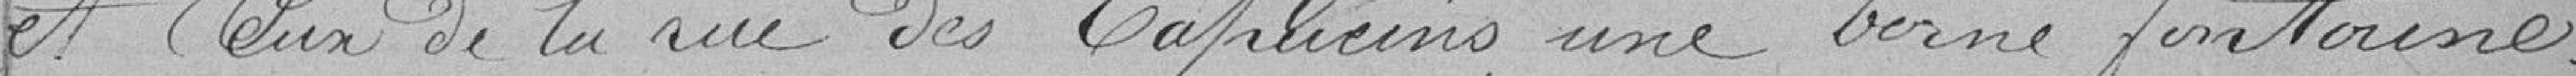
et Ceux de la rue des Capucins une borne fontaine.